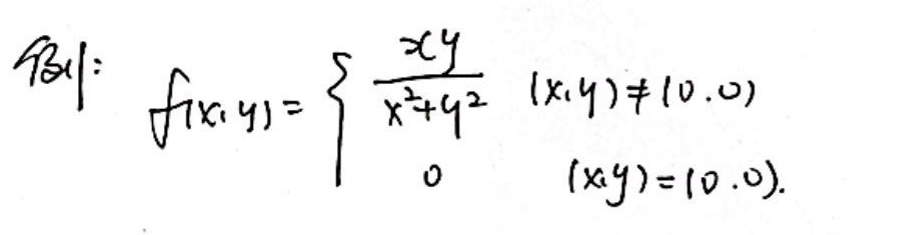
例\(l:  f(x,y)=\begin{cases}\)\\
\(\frac{xy}{x^{2}+y^{2}} & (x,y)\neq(0,0)\)\\
\(0 & (x,y)=(0,0)\)\\
\end{cases}